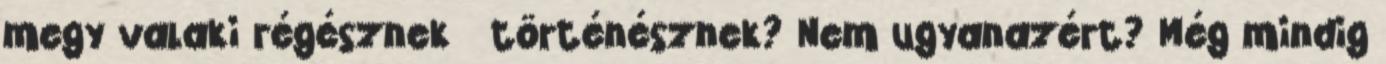
megy valaki régésznek történésznek? Nem ugyanazért? Még mindig